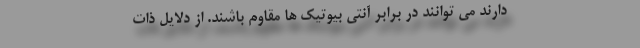
دارند می توانند در برابر آنتی بیوتیک ها مقاوم باشند. از دلایل ذات